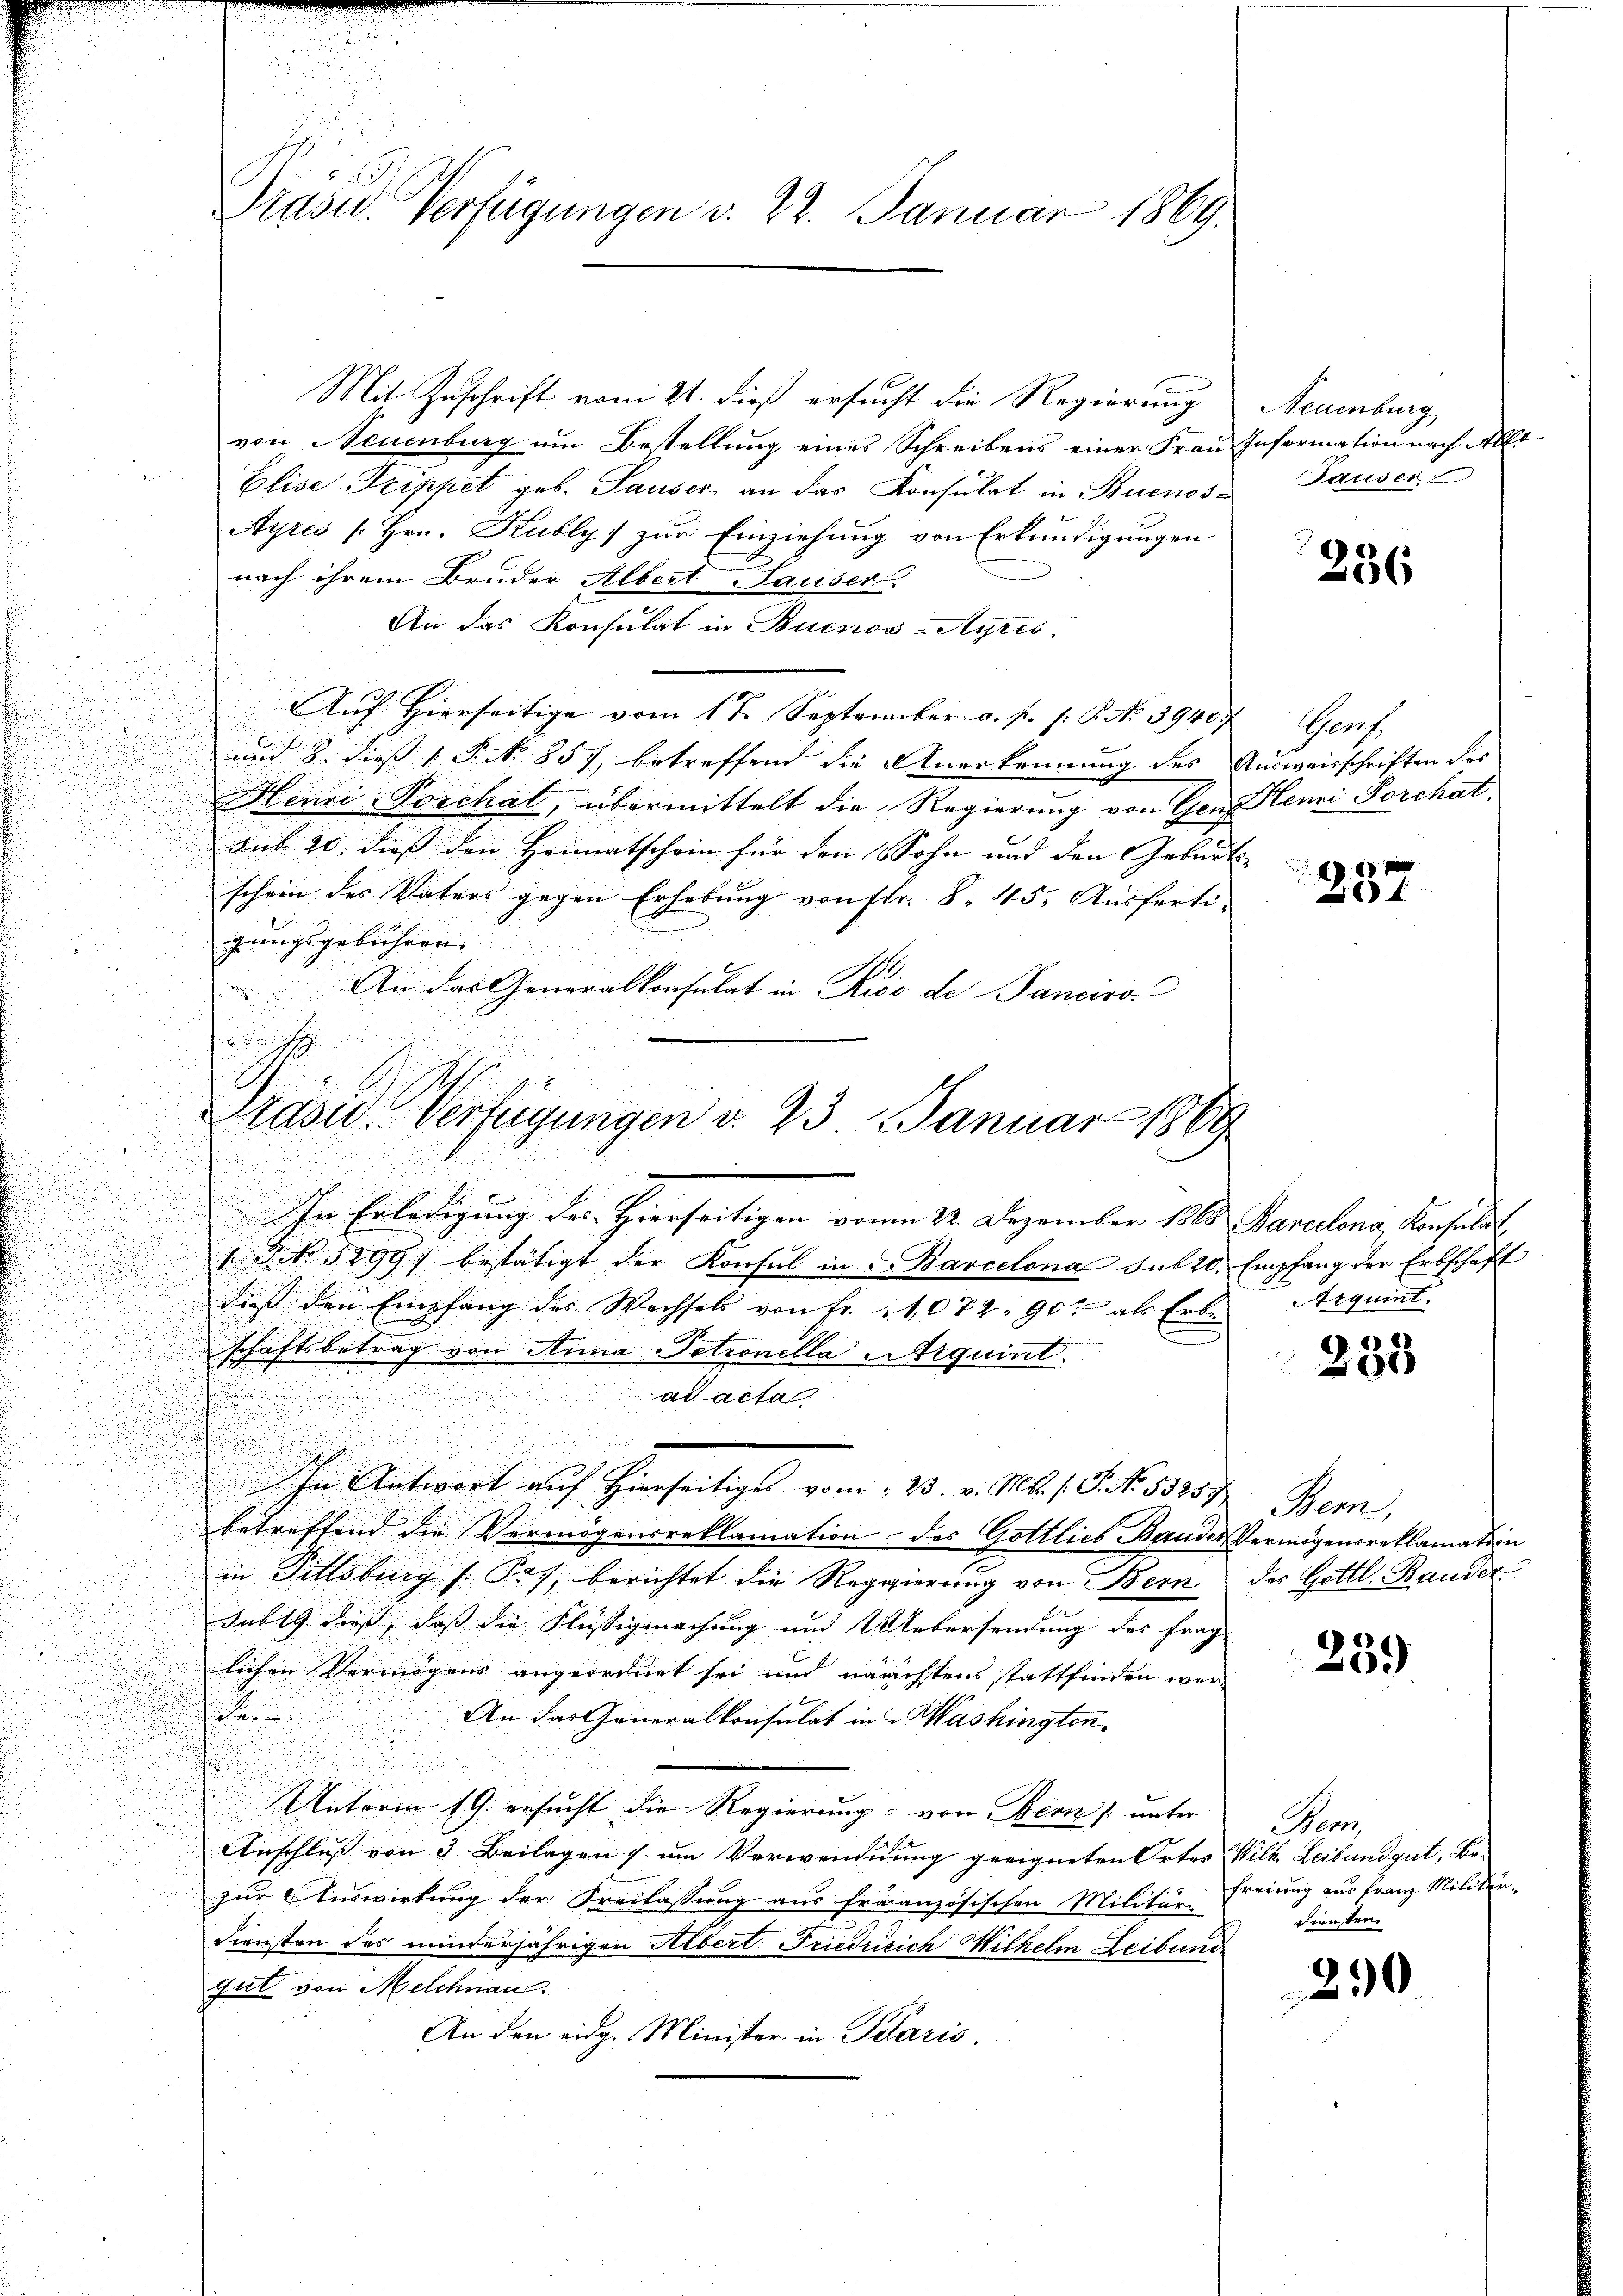
Präsid.. Verfügungen d. 22. Januar 1869.

Mit Zuschrift vom 21. dieß ersucht die Regierung
von Neuenburg um Bestellung eines Schreibens einer Frau Information nach Alle
Elise Trippet geb. Tauser, an das Konsulat in Buenos¬
Ayres [Hrn. Kubly] zur Einziehung von Erkundigungen
nach ihrem Bruder Albert Hauser.
An das Konsulat in Buenos-Ayres,
Auf Hierseitige vom 17. September a. p. s. S. No 3940. Genf,
und 8. dieß P. Nr. 857, betreffend die Anerkennung des Ausweisschriften des
Heuri Porchat, übermittelt die Regierung von Gen. Henri Porchat
s
sub 20. dieß den Heimatschein für den Sohn und den Geburts-
schein des Vaters gegen Erhebung von ftr. § 45. Ausferti-
gungsgebühren |
An das Generalkonsulat in Rise de Sanciro

In Erledigung des Hierseitigen von 22. Dezember 1863 Parcelena, Konsuls
1. No. 5899) bestätigt der Konsul in u. Barcelona sub 20. Empfang der Erbschaft
dieß den Empfang des Wechsels von fr. 1072 90. als Erben Aequint
t

schaftsbetrag von Anna Petronella quint.
ad acta
In Antwort auf Hierseitigt vom 25. v. Mts. 1. Frk. 183257.
betreffend die Vermögensreklamation des Gottlieb Bauder Vermögensreklamation
in Titlsburg [Pos, berichtet die Regierung von Bern
Sublg dieß, daß die Flüssigmachung und Webersendung des Frag
lichen Vermögens angeordnet sei und nächstens stattfinden wer¬

An das Generalkonsulat in Washingten
Unterm 19. ersucht die Regierung von Bern (unter
Anschluß von 3 Beilagen u. um Verwendnung geeigneten Ortes Wilk Leibundgut, Be-
zur Auswirkung der Freilassung aus französischen Militäri
Diensten des minderjährigen Albert Friedrisich Wilhelm Leibung
gut von Melchnau.
An den eidg. Minister in Paris,

h
h
Präsid.. Verfügungen d. 23. Januar 1869

Neuenburg
Pauser

236

237

235

Sem
des Gottl. Bander

239

Henz
Freiung zur Franz. Militerdiensten.

290